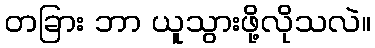
တခြား ဘာ ယူသွားဖို့လိုသလဲ။